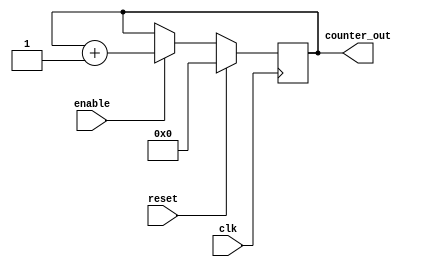
/*
Author: Sajeed Mohammad Shahriat
Affiliation: Rochester Institute of Technology
All rights reserved
This files can be reused and modified given that this copyright notice is not removed
*/

module counter (
	clk,		//clock input of the design
	reset,		// active high synchrnous reset input
	enable,		// active high enable signal for counter
	counter_out	// 4 bit vector output of the counter
); //end of port list

//------------------------input ports--------------------------------

input clk ;
input reset ;
input enable;

//------------------------output ports-------------------------------

output [3:0] counter_out;

//--------------------input port data types--------------------------

wire clk;
wire reset;
wire enable;

//-------------------output port data types--------------------------

reg [3:0] counter_out;

//--------------------------RTL design-------------------------------

always @ (posedge clk)
begin :COUNTER // block name
	if (reset == 1'b1)	//reset high
		begin
			counter_out <= #1 4'b0000;
		end
	else if (enable == 1'b1)	//counter active
		begin
			counter_out <= #1 counter_out + 1;
		end
end // end of block COUNTER
endmodule // counter